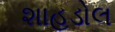
શાહડોલ